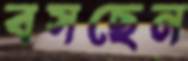
বসছেন